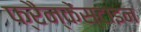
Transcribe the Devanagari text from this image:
फ्रैन्केंस्टाइन